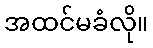
အထင်မခံလို။